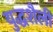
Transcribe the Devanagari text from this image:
युद्धशैली